65_HS1-834228961_62-HQ-83894_Serial_438
Agency: FBI
Page 2
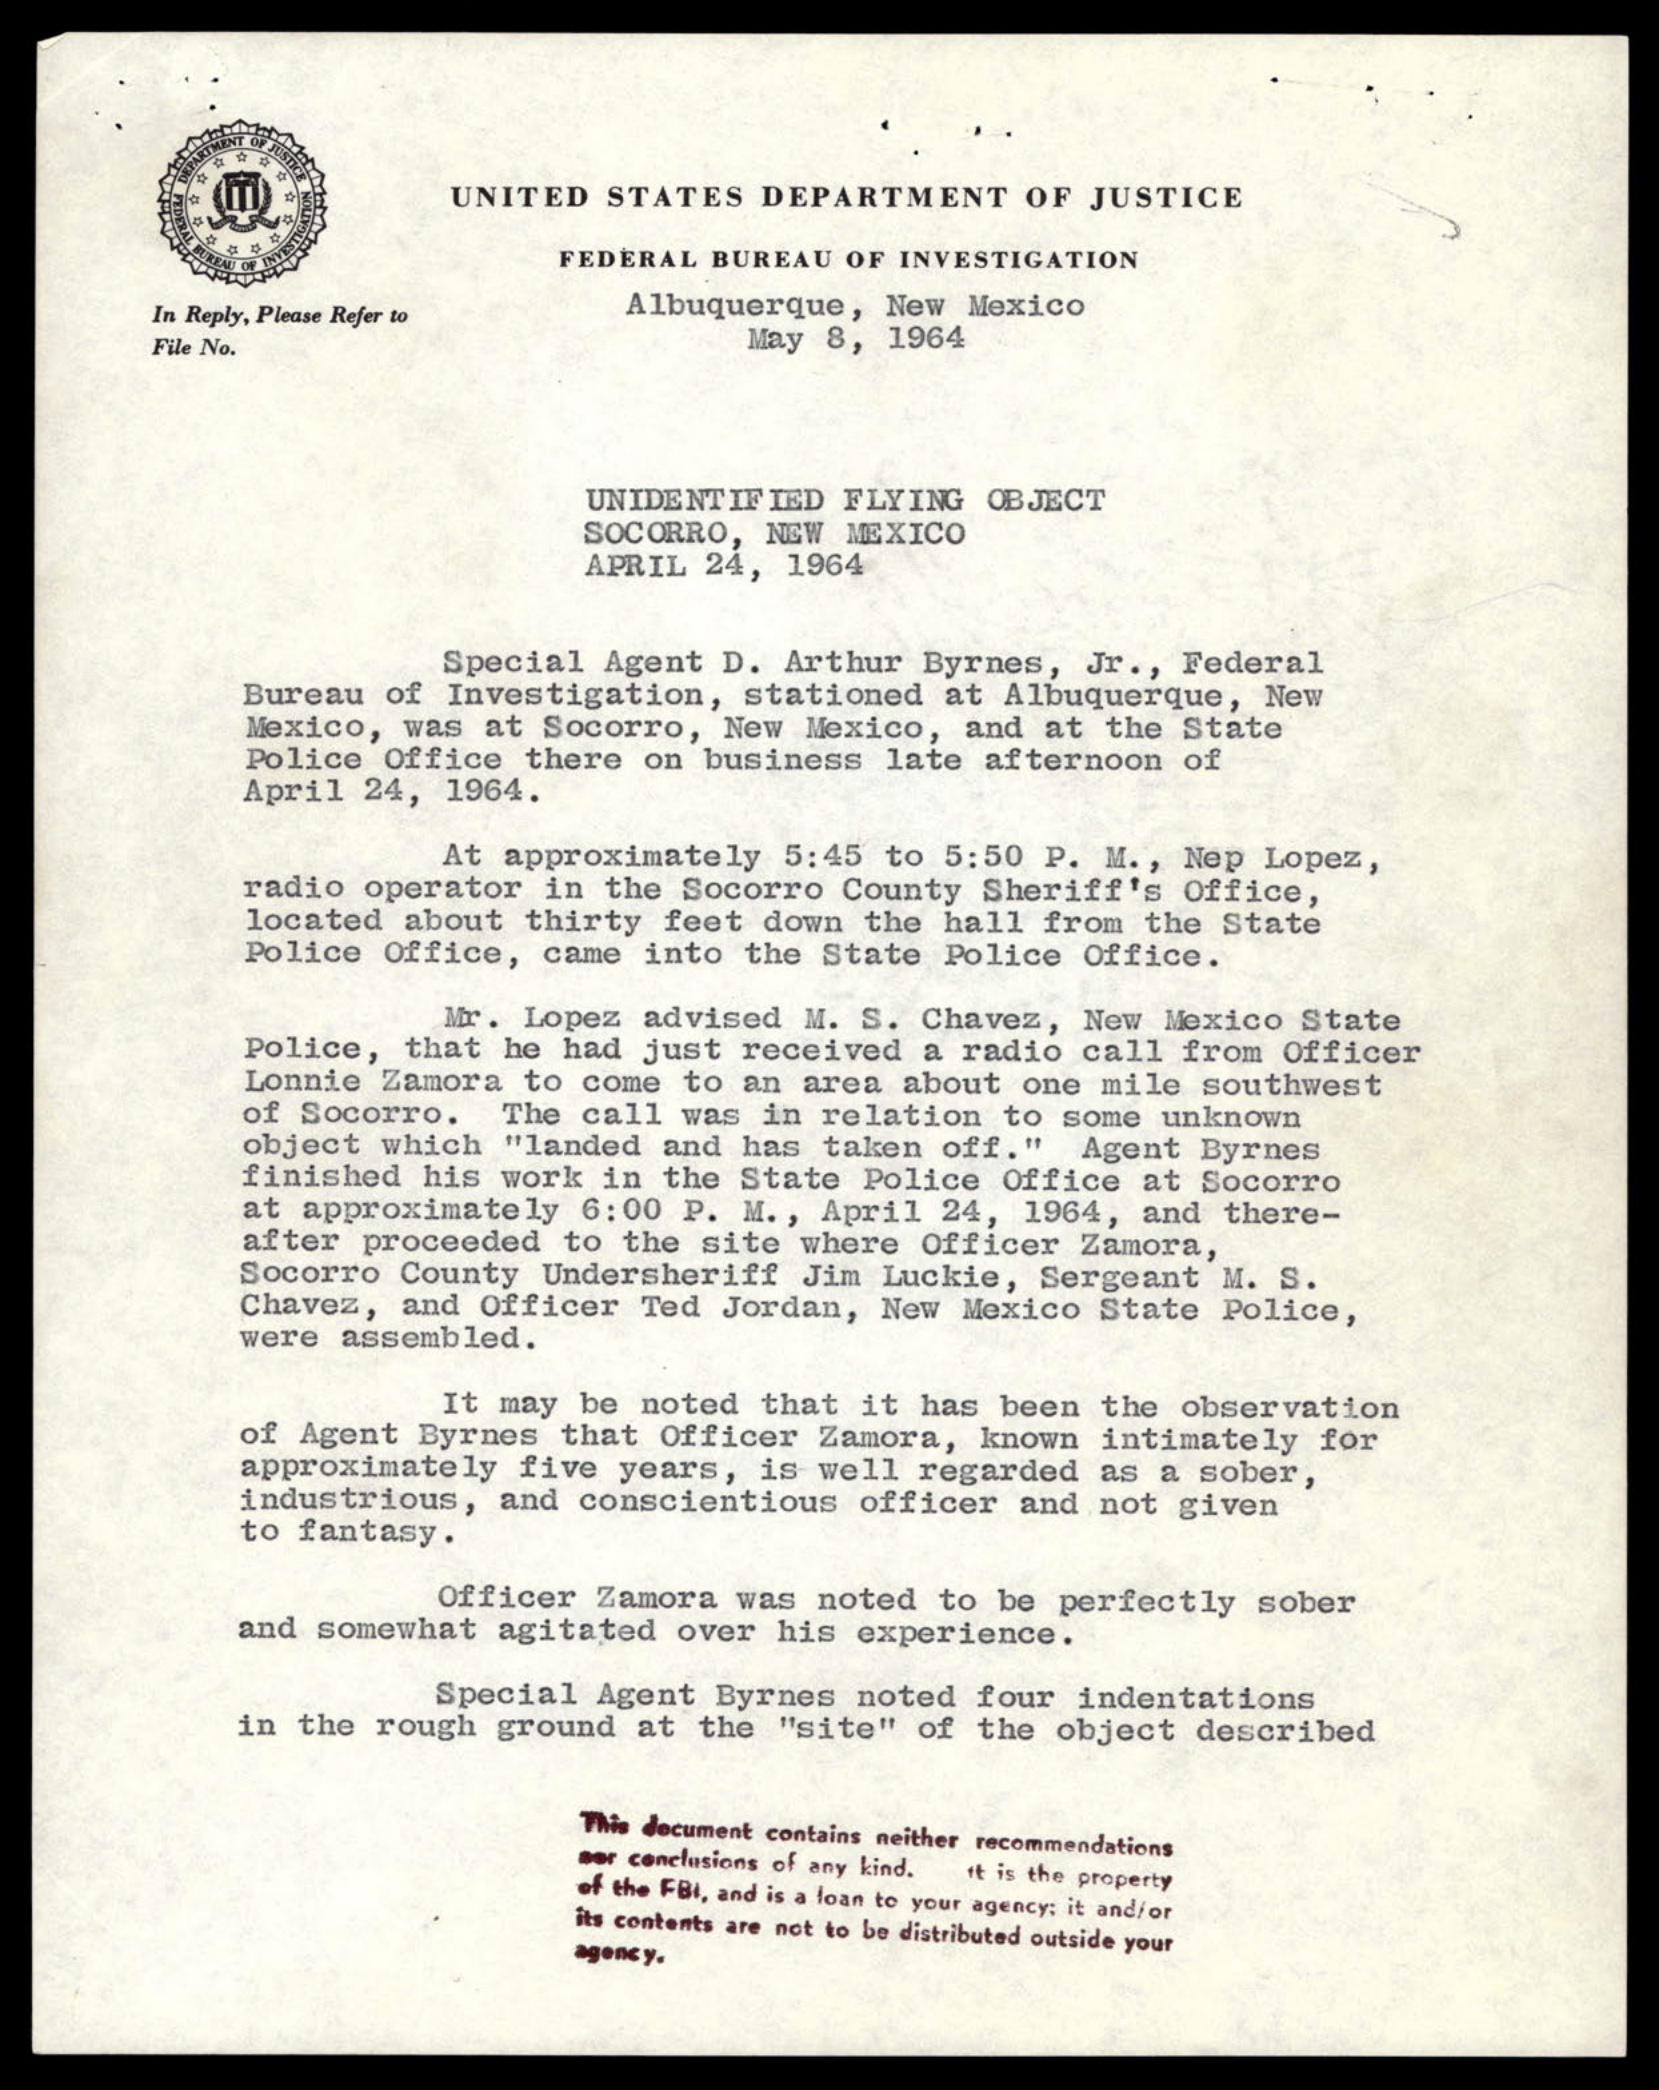